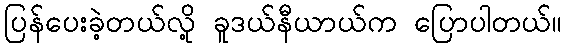
ပြန်ပေးခဲ့တယ်လို့ ခူဒယ်နီယာယ်က ပြောပါတယ်။